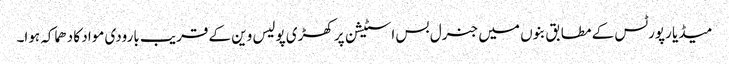
میڈیا رپورٹس کے مطابق بنوں میں جنرل بس اسٹیشن پر کھڑی پولیس وین کے قریب بارودی مواد کا دھماکہ ہوا۔